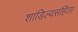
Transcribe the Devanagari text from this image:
शांडिल्यसंहिता